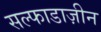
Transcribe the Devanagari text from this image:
सल्फाडाज़ीन